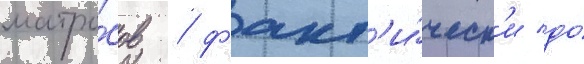
матро́сов / факт'и́ческ'и до́